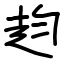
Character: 赹